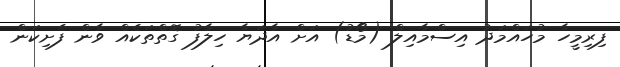
ފިރިމީހާ މުހައްމަދު އިސްމާއިލް (މޯޑު) އަށް އާދަޔާ ހިލާފު ގޮތްތަކެއް ވާން ފެށިކަން